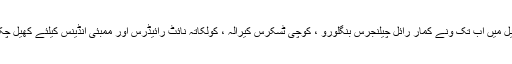
آئی پی ایل میں اب تک ونے کمار رائل چیلنجرس بنگلورو ، کوچی ٹسکرس کیرالہ ، کولکاتہ نائٹ رائیڈرس اور ممبئی انڈینس کیلئے کھیل چکے ہیں ۔